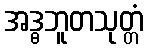
အဒ္ဓဘူတသုတ္တံ